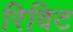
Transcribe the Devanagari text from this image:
रिविट